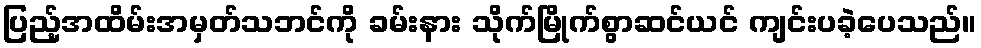
ပြည့်အထိမ်းအမှတ်သဘင်ကို ခမ်းနား သိုက်မြိုက်စွာဆင်ယင် ကျင်းပခဲ့ပေသည်။